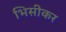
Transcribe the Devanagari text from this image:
भिसीकर